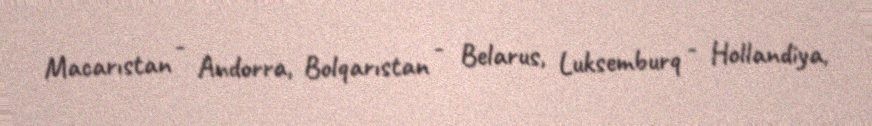
Macarıstan - Andorra, Bolqarıstan - Belarus, Luksemburq - Hollandiya,